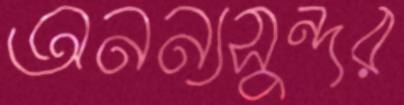
অনন্যসুন্দর